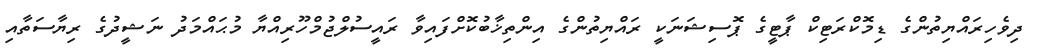
ދިވެހިރައްޔިތުންގެ ޑިމޮކްރަޓިކް ޕާޓީގެ ޕޮސިޝަނަކީ ރައްޔިތުންގެ އިންތިޚާބުކޮށްފައިވާ ރައީސުލްޖުމްހޫރިއްޔާ މުޙައްމަދު ނަޝީދުގެ ރިޔާސަތާއި